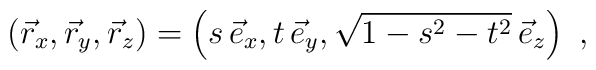
\left( \vec{r}_x, \vec{r}_y, \vec{r}_z \right) =\left( s \, \vec{e}_x, t \, \vec{e}_y,\sqrt{1 - s^2 - t^2} \, \vec{e}_z\right) ~,